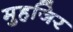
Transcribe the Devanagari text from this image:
मुहजिर